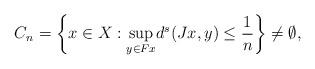
LaTeX: \begin{align*}C_n= \left\lbrace x \in X: \underset{y\in Fx}{\sup} d^s(Jx,y)\leq \frac{1}{n} \right\rbrace \neq\emptyset,\end{align*}